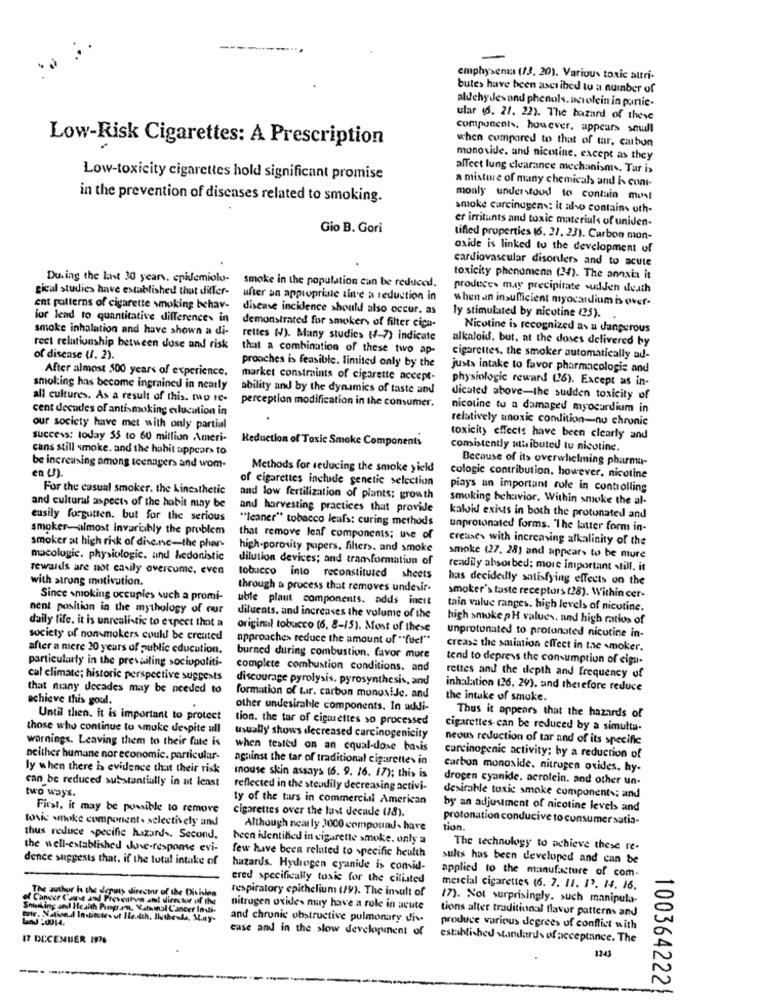
-----
..
emphysema (13. 20). Various toxic altri-
butes have been ascribed tu a number of
aldehydes and phenols. aerolein in partic-
ular (6. 21. 22). The hazard of these
components. however, appears small
Low-Risk Cigarettes: A Prescription
when compared to that of mar, carbon
monoxide. and nicotine. except as they
affect lung clearance mechanisms. Tar i>
Low-toxicity cigarettes hold significant promise
a mixture of many chemicals and is cont-
in the prevention of diseases related to smoking.
monly understood to contain most
smoke carcinogens: it also contains oth-
er irritunts and toxic materials of uniden-
Gio B. Gori
tified properties (6. 21. 23). Carbon mon-
oxide is linked to the development of
cardiovascular disonler> and to acute
During the last 30 years. epidemiolo-
smoke in the population can be reduced.
toxicity phenomenn (34). The annxia it
gicul studies have established that differ-
produces may precipitate sudden death
ufter an appropriate tine a reduction in
when .in insufficient myocardium is over-
ent patterns of cigarette smoking behav-
disease incidence should also occur. as
for lead to quantitative differences in
ly stimulated by nicotine (25).
smoke inhalation and have shown a di-
demonstrated for smokers of filter cica-
Nicotine is recognized as a dangerous
rettes (V). Many studies (4-7) indicate
alkaloid. but, at the doses delivered by
rect relationship between duse and risk
that a combination of these two ap-
of disease (1, 2).
cigarettes. the smoker automatically ad-
After almost 500 years of experience.
prooches is feasible. limited only by the
justs intake to favor pharmacologic and
market constraints of cigarette accept-
physiologic reward (26). Except as in-
smoking has become ingrained in nearly
ability and by the dynamics of taste and
all cultures. As a result of this. two te-
dicated above-the sudden toxicity of
cent decades of antismoking elucution in
perception modification in the consumer.
nicoline tu a damaged myocardium in
relatively anoxic condition-nu chronic
our society have met with only partial
success: today 55 to 60 million Ameri-
Reduction of Toxic Smoke Components
toxicity effects have been clearly and
cans still smoke. and the habit appears to
comistently attributed tu nicotine.
Because of its overwhelming pharma-
be increasing among teenagers and wom-
Methods for seducing the smoke yield
of cigarettes inchide genetic selection
cologic contribution. however, nicotine
For the casual smoker. the Kinesthetic
piays an important role in controlling
and low fertilization of plants: growth
smoking behavior. Within smoke the al-
and cultural aspects of the habit may be
and harvesting practices that provide
eusily forgutten. but for the serious
"Icaner" tobacco leafs: curing methods
kalid exists in both the protunated and
smoker-almost Invariably the problem
unprotonated forms. "The latter form in-
that remove leaf components: uve of
creanes with increasing alkalinity of the
smoker at high risk of disc.nc-the phar-
high-porosity papers, filters. and smoke
macologic. physiologic. and hedonistic
dilution devices; and tramformation of
smoke (27. 28) and appears to be mure
rewards are not easily overcume, even
readily absorbed: more important still. it
with strong motivation.
tobacco into reconstituted sheets
has decidedly satisfying effects on the
through a process that removes undevir-
Since smoking occupies such a promi-
ubile plaut components, adds incit
smoker's taste receptors (28). Within cer-
nent position in the mythology of our
tain value ranges, high levels of nicotine.
diluents, and increases the volume of the
high smoke pH values, and high ratios of
daily life. it is unrealistic to expect that a
original tobacco (6, 8-15). Most of these
society of non-mokers coukl be created
approaches reduce the amount of "fue!"
unprotonated to protonated nicotine in-
after a niere 20 years of public education.
crease the seniation effect in the smoker.
particularly in the prevailing sociopoliti-
burned during combustion. favor more
tend to depress the consumption of eiga-
complete combustion conditions. and
cal climate; historic perspective suggests
discourage pyrolysis. pyrosynthesis, and
rettes and the depth and frequency of
that many decades may be needed to
inhalation (26, 29), and therefore reduce
achieve this goul.
formation of tur. carbon monoxide. and
the intake of smoke.
other undesirable components. In addi-
Thus it appears that the hazards of
Until then. it is important to protect
tion. the tar of ciguettes so processed
those who continue to smoke despite all
cigarettes-can be reduced by a simulta-
warnings. Leaving them to their fue is
usually shows decreased carcinogenicity
neous reduction of tar and of its specific
when tested on an equal-dose basis
neither humane nor economic. particular-
against the tar of traditional cigarettes in
carcinogenic activity: by a reduction of
ly when there is evidence that their risk
carbon monoxide. nitrogen oxides. hy-
can be reduced substantially in at least
mouse skin assays 16. 9. 16. 17); this is
drogen cyanide. aerolein. and other un-
two ways.
reflected in the steadily decreasing activi-
ty of the tars in commercial American
desirable toxic smoke components; and
First, it may be possible to remove
cigarettes over the last decade (78).
by an adjustment of nicotine levels and
tovic smoke component. selectively and
protonation conducive to consumer satia-
Although nearly J000 compounds have
tion.
thus reduce specific hazards. Second.
been identified in cigarette smoke. only a
the well-established shunve-response evi-
few have been related to specific health
The technology to achieve these re-
dence suggests that, if the tutul intake of
sukes has been developed and can be
hazards. Hydrogen cyanide is comid-
applied to the manufacture of com-
ered specifically toxic for the ciliated
The author is the deputy director of the Dichinn
respiratory epithelium (19). The insult of
mercial cigarettes (6. 7. 11. 13. 14. 16.
of Cancer Cane and Prevention and director of the
(7). Not surprisingly. such manipula-
Smelling and Health Progr.In. Vatumal C'ancer Insti-
nitrogen oxide> muy have a role in acute
tions alter traditional flavor patterns and
tute. National Institutes of He.dth, Butheule, Muy-
and chronic obstructive pulmonary div
case and in the slow development of
produce various degrees of conflict with
17 DECEMBER 1976
established standards of acceptance. The
1243
100364222|